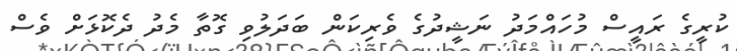
ކުރީގެ ރައީސް މުހައްމަދު ނަޝީދުގެ ވެރިކަން ބަދަލުވި ގޮތާ މެދު ދެކޮޅަށް ވެސް